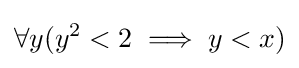
\forall y(y^{2}<2\implies y<x)